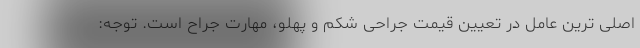
اصلی ترین عامل در تعیین قیمت جراحی شکم و پهلو، مهارت جراح است. توجه: